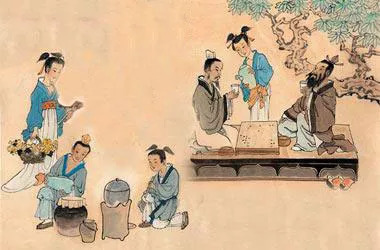
黄菊枝头生晓寒。人生莫放酒杯干。